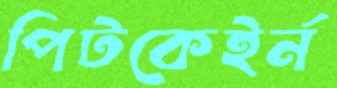
পিটকেইর্ন